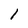
Character: l